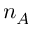
n _ { A }